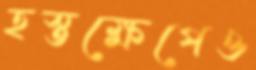
হস্তক্ষেপেও